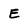
Character: E